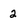
Character: 2